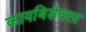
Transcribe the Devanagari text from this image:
कायबिशेवला